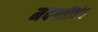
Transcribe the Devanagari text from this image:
मंदगतीनेच